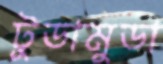
টুডামুডা